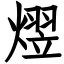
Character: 熤